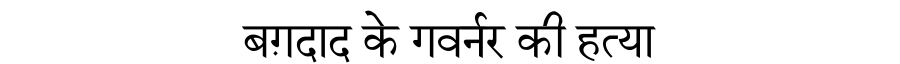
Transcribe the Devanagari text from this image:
बग़दाद के गवर्नर की हत्या